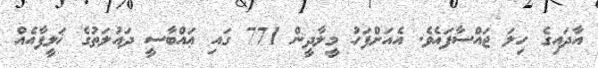
އާދައިގެ ހިލަ ޖައްސާފައެވެ. އެއަށްފަހު މީލާދީން 771 ގައި ޢައްބާސީ ދައުލަތުގެ ޚަލީފާއެއް